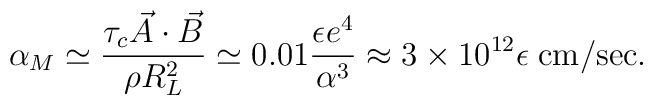
\alpha_M \simeq \frac{\tau_c \vec{A}\cdot \vec{B}}{\rho R_L^2} \simeq0.01\frac{\epsilon e^4}{\alpha^3}\approx 3 \times 10^{12}\epsilon \;{\rm cm/sec}.